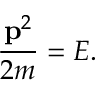
{ \frac { \mathbf { p } ^ { 2 } } { 2 m } } = E .